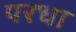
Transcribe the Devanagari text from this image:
परधा